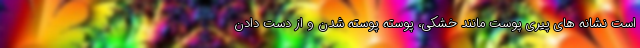
است نشانه های پیری پوست مانند خشکی، پوسته پوسته شدن و از دست دادن